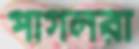
পাগলরা